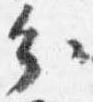
分